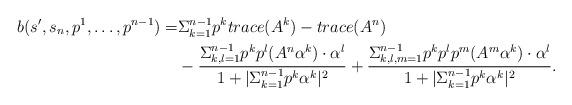
LaTeX: \begin{align*}b(s',s_n,p^1,\dots, p^{n-1})=&\Sigma_{k=1}^{n-1}p^ktrace(A^k)-trace(A^n)\\&-\frac{\Sigma_{k,l=1}^{n-1}p^kp^l(A^n\alpha^k)\cdot\alpha^l}{1+|\Sigma_{k=1}^{n-1}p^k\alpha^k|^2}+\frac{\Sigma_{k,l,m=1}^{n-1}p^kp^lp^m(A^m\alpha^k)\cdot\alpha^l}{1+|\Sigma_{k=1}^{n-1}p^k\alpha^k|^2}.\end{align*}